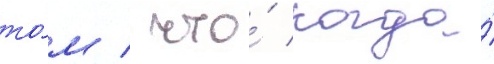
то́м / что́ когда́